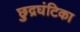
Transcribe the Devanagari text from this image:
छुद्रघंटिका